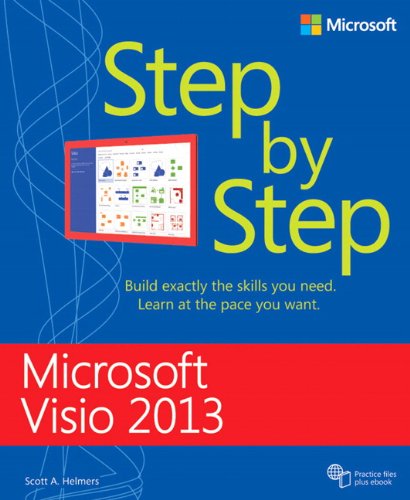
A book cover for Microsoft Visio 2013 Step By Step; Scott A. Helmers; Computers & Technology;